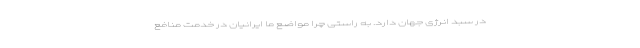
در سبد انرژی جهان دارد. به راستی چرا مواضع ما ایرانیان در خدمت منافع